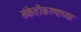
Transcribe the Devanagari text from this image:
संकेतीकरणाच्या